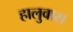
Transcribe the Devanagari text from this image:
हालुवास